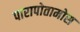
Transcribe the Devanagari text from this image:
पारापोतामोस